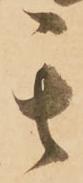
其